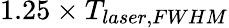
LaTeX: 1.25\times T_{laser,FWHM}